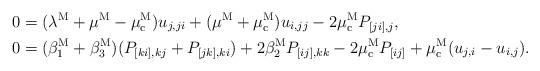
LaTeX: \begin{align*}0&=(\lambda^{\rm M}+\mu^{\rm M}-\mu_{\rm c}^{\rm M})u_{j,ji}+(\mu^{\rm M}+\mu_{\rm c}^{\rm M})u_{i,jj}-2\mu_{\rm c}^{\rm M} P_{[ji],j},\\0&=(\beta_1^{\rm M}+\beta_3^{\rm M})(P_{[ki],kj}+P_{[jk],ki})+2\beta_2^{\rm M} P_{[ij],kk}-2\mu_{\rm c}^{\rm M} P_{[ij]}+\mu_{\rm c}^{\rm M} (u_{j,i}-u_{i,j}).\end{align*}